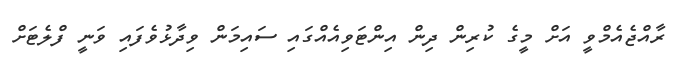
ރާއްޖެއެމްވީ އަށް މީގެ ކުރިން ދިން އިންޓަވިއެއްގައި ސައިމަން ވިދާޅުވެފައި ވަނީ ފްލެޓަށް